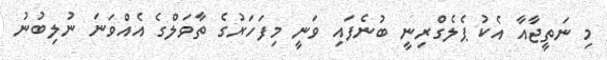
މި ނަތީޖާއާ އެކު ޕެލެގްރިނީ ބުނެފައި ވަނީ މިފަހަރުގެ ތާވަލްގެ އެއްވަނަ ނުލިބުނު